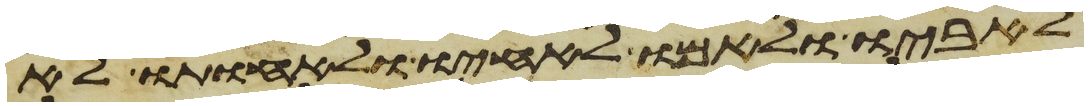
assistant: לאביו ולאמו לאחיו ולאחותו לא